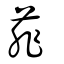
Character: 菲